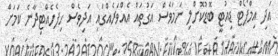
އަދި އިމްޕޯޓް ޑިއުޓީ ބޮޑުކޮށްލި ނަމަވެސް އަގުތައް އެއްވަރެއްގައި އަދިވެސް ހިފެހެއްޓިދާނެ ކަމަށް